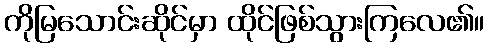
ကိုမြသောင်းဆိုင်မှာ ထိုင်ဖြစ်သွားကြလေ၏။